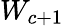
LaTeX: W_{c+1}